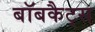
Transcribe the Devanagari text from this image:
बॉबकैट्स